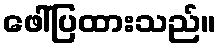
ဖေါ်ပြထားသည်။